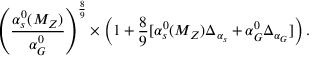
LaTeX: \left( \frac { \alpha _ { s } ^ { 0 } ( M _ { Z } ) } { \alpha _ { G } ^ { 0 } } \right) ^ { \frac { 8 } { 9 } } \times \left( 1 + \frac { 8 } { 9 } [ \alpha _ { s } ^ { 0 } ( M _ { Z } ) \Delta _ { \alpha _ { s } } + \alpha _ { G } ^ { 0 } \Delta _ { \alpha _ { G } } ] \right) .